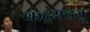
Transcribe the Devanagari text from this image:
कंट्रेश्ट्यू